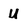
Character: U